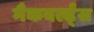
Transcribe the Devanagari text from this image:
मैकवर्ल्ड्स